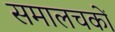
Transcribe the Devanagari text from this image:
समालचकों